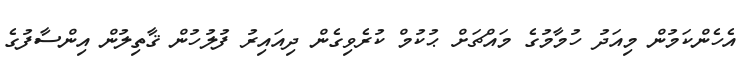
އެހެންކަމުން މިއަދު ހުމާމުގެ މައްޗަށް ޙުކުމް ކުރެވިގެން ދިއައިރު ފުލުހުން ޤާތިލުން އިންސާފުގެ